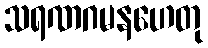
သရဏဂမနဟေတု